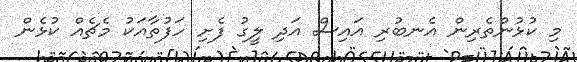
މި ކުޅުންތެރިން އެނބުރި އައިސް އަދި ލީގު ފެށި ހަފުތާއަކު މެޗެއް ކުޅެން